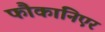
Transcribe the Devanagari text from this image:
फौकांनिएर